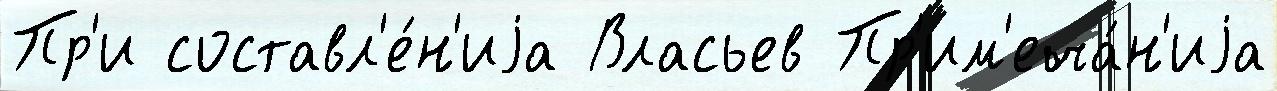
Пр'и составл'е́н'иjа Власьев Пр'им'еча́н'иjа